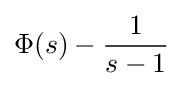
\Phi (s)-{\frac {1}{s-1}}